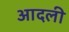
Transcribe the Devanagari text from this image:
आदली